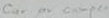
Text: Car or comper